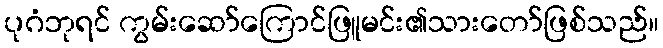
ပုဂံဘုရင် ကွမ်းဆော်ကြောင်ဖြူမင်း၏သားတော်ဖြစ်သည်။